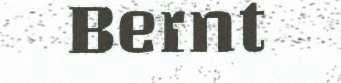
Bernt